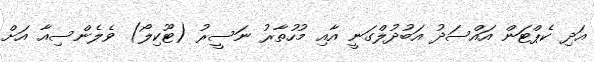
އަދި ކެޕްޓަން އައްސަދު އަބުދުލްގަނީ އާއި މުހުތާރު ނަސީރު (ޓޫކިލޯ) ވެލެންސިއާ އަށް